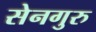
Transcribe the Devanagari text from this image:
सेनगुरु